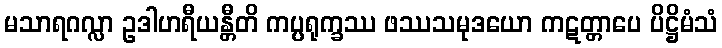
မသာရဂလ္လာ ဥဒါဟရီယန္တီတိ ကပ္ပရုက္ခဿ ဖဿသမုဒယော ကဋတ္တာပေ ပိဋ္ဌိမံသံ